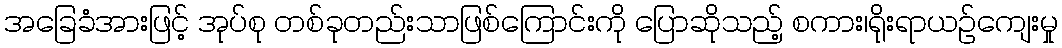
အခြေခံအားဖြင့် အုပ်စု တစ်ခုတည်းသာဖြစ်ကြောင်းကို ပြောဆိုသည့် စကား၊ရိုးရာယဉ်ကျေးမှု